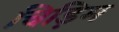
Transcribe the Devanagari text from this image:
चिड़िम